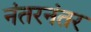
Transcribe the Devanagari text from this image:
नंतरनंतर